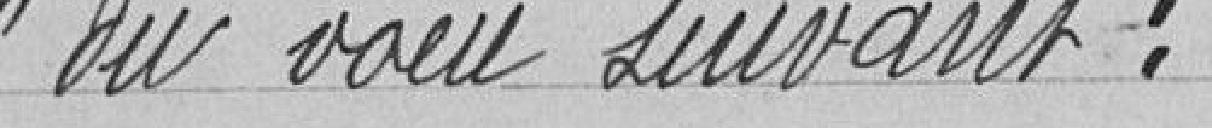
du vœu suivant: